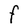
Character: F